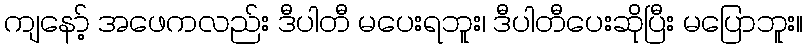
ကျနော့် အဖေကလည်း ဒီပါတီ မပေးရဘူး၊ ဒီပါတီပေးဆိုပြီး မပြောဘူး။